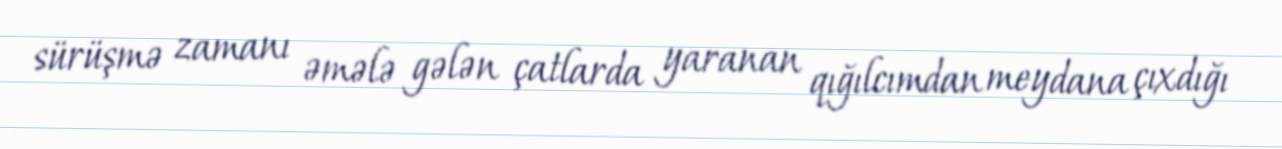
sürüşmə zamanı əmələ gələn çatlarda yaranan qığılcımdan meydana çıxdığı